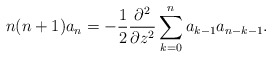
\begin{align*}n(n+1)a_{n}=-\frac{1}{2}\frac{\partial^2}{\partial z^2} \sum_{k=0}^{n}a_{k-1}a_{n-k-1}.\end{align*}